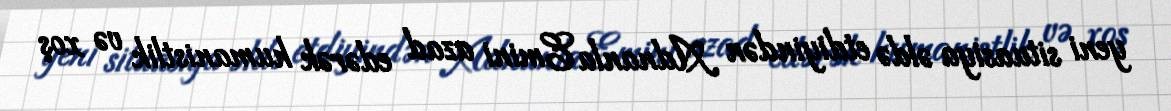
yeni situasiya əldə etdiyindən Adnanla Emini azad edərək humanistlik və xoş